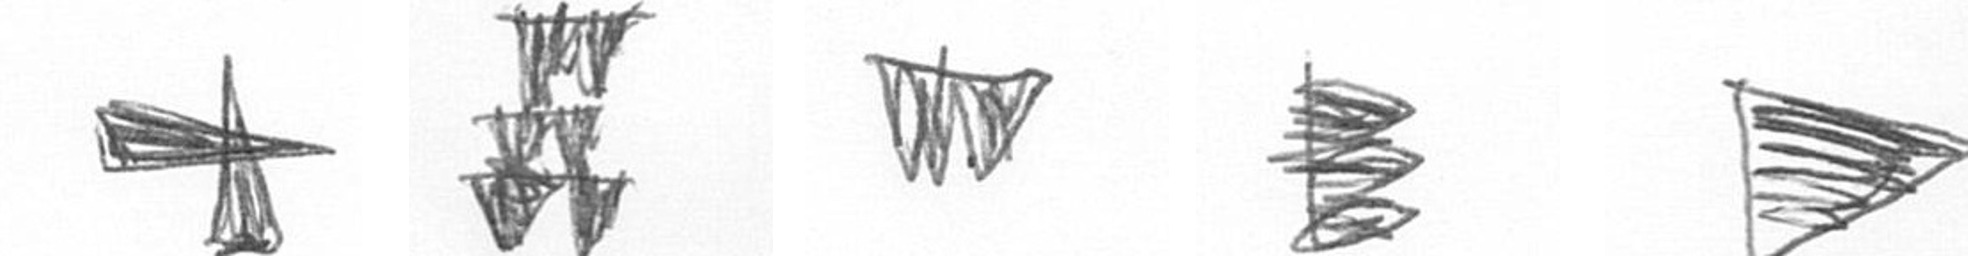
G Y L H T